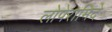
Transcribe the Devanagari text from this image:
लोपेरामिदे